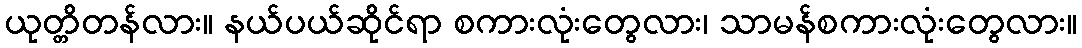
ယုတ္တိတန်လား။ နယ်ပယ်ဆိုင်ရာ စကားလုံးတွေလား၊ သာမန်စကားလုံးတွေလား။